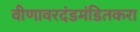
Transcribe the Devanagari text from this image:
वीणावरदंडमंडितकरा